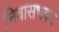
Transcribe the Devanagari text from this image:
निवासभवन